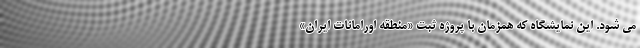
می شود. این نمایشگاه که همزمان با پروژه ثبت «منطقه اورامانات ایران»